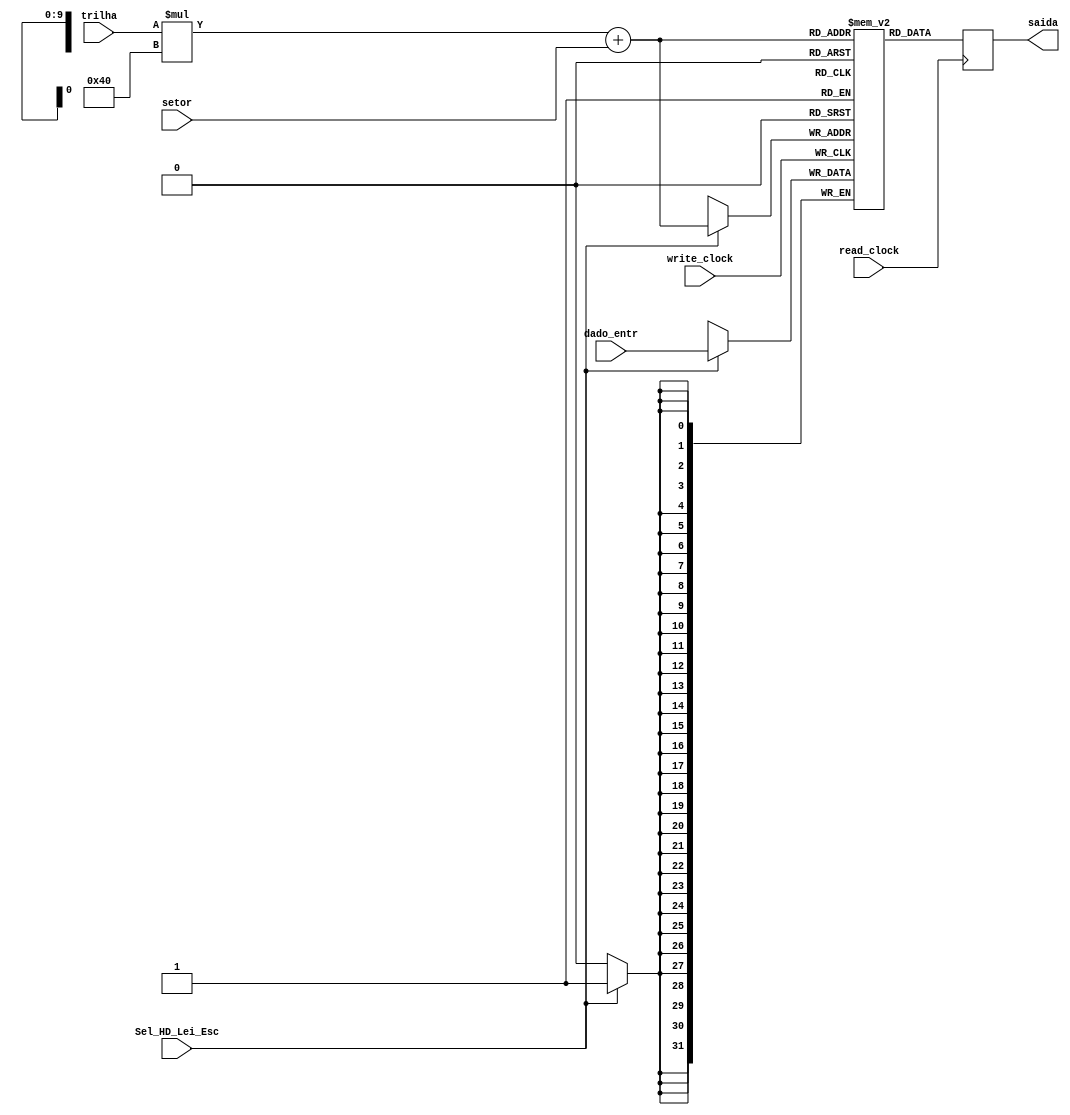
module HD
#(parameter BITS_TRILHA=4, parameter BITS_SETOR=6)
(
	//memoria com 64 slots de 32 bits
	input [31:0] dado_entr,
	input [(BITS_TRILHA-1):0] trilha,
   input [(BITS_SETOR-1):0] setor,
	input Sel_HD_Lei_Esc, read_clock, write_clock,
	output reg [31:0] saida
);
	localparam  NUM_SETORES=2**BITS_SETOR;
	
	// Declara o HD Simulado (1024 slots -> 16 trilhas e 64 setores)
	reg [31:0] hd_sim[((2**BITS_TRILHA)*(2**BITS_SETOR))-1:0];
	
	always @ (posedge write_clock)
	begin
		// Escrita no HD
		if (Sel_HD_Lei_Esc)
			hd_sim[trilha*NUM_SETORES + setor] <= dado_entr;
	end
	
	always @ (posedge read_clock)
	begin
		// Leitura no HD
		saida <= hd_sim[trilha*NUM_SETORES + setor];
	end
	
endmodule